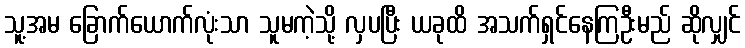
သူ့အမ ခြောက်ယောက်လုံးသာ သူမကဲ့သို့ လှပပြီး ယခုထိ အသက်ရှင်နေကြဦးမည် ဆိုလျှင်